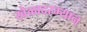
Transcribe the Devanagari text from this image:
खेळादरम्यान